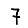
Digit: 7